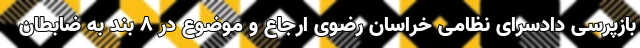
بازپرسی دادسرای نظامی خراسان رضوی ارجاع و موضوع در ۸ بند به ضابطان